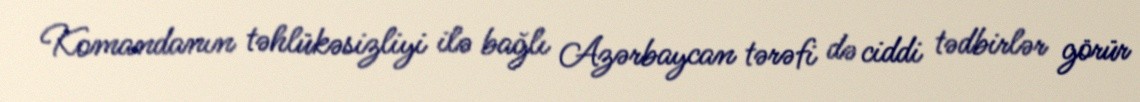
Komandanın təhlükəsizliyi ilə bağlı Azərbaycan tərəfi də ciddi tədbirlər görür